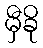
မှီခို